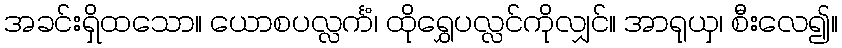
အခင်းရှိထသော။ ယောစပလ္လင်္ကံ၊ ထိုရွှေပလ္လင်ကိုလျှင်။ အာရုယှ၊ စီးလေ၍။